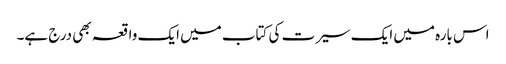
اس بارہ میں ایک سیرت کی کتاب میں ایک واقعہ بھی درج ہے۔